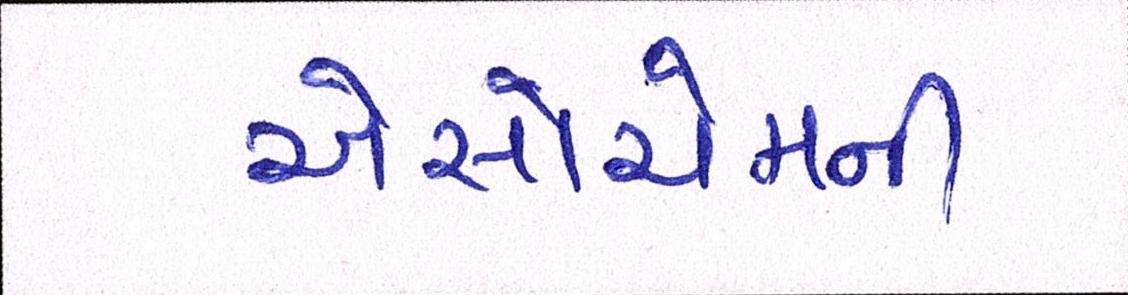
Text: એસોચેમની